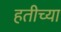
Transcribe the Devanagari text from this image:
हतीच्या